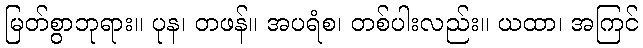
မြတ်စွာဘုရား။ ပုန၊ တဖန်။ အပရံစ၊ တစ်ပါးလည်း။ ယထာ၊ အကြင်